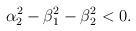
LaTeX: \begin{align*}\alpha_{2}^{2}-\beta_{1}^{2}-\beta_{2}^{2}<0.\end{align*}